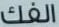
الفك